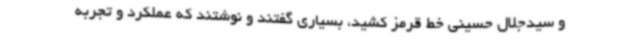
و سیدجلال حسینی خط قرمز کشید، بسیاری گفتند و نوشتند که عملکرد و تجربه